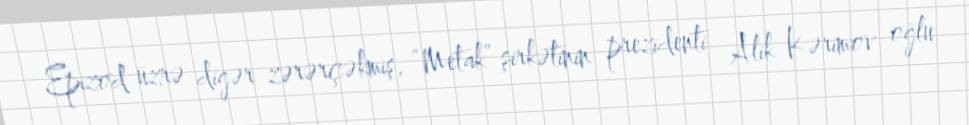
Epizod üzrə digər zərərçəkmiş, “Metak” şirkətinin prezidenti Alik Kərimov oğlu